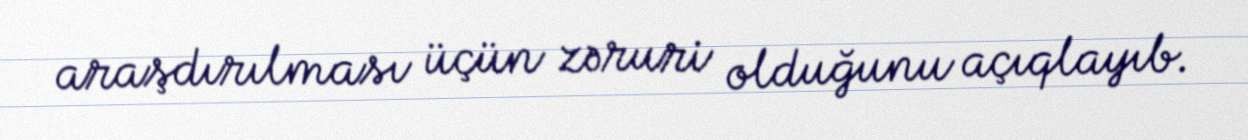
araşdırılması üçün zəruri olduğunu açıqlayıb.